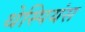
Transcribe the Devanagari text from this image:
थेस्पियंस